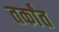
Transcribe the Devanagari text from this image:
तर्कांत